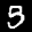
Label: 5